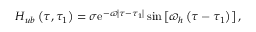
H _ { u b } \left( \tau , \tau _ { 1 } \right) = \sigma \mathrm { e } ^ { - \varpi \left| \tau - \tau _ { 1 } \right| } \sin \left[ \varpi _ { h } \left( \tau - \tau _ { 1 } \right) \right] ,